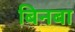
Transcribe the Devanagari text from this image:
बिनबा